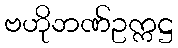
ဗဟိုဘဏ်ဥက္ကဋ္ဌ